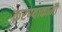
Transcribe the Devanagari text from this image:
करण्याकामी